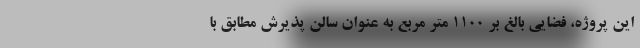
این پروژه، فضایی بالغ بر 1100 متر مربع به عنوان سالن پذیرش مطابق با